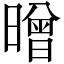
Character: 㬝